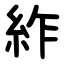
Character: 䋏